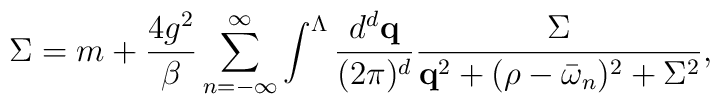
\Sigma=m+\frac{4g^{2}}{\beta}       \sum_{n=-\infty}^{\infty}       \int^{\Lambda}\frac{d^{d}{\bf q}}{(2\pi)^{d}}       \frac{\Sigma}{{\bf q}^{2}+(\rho-\bar{\omega}_{n})^{2}+\Sigma^{2}},